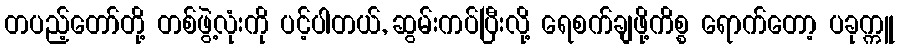
တပည့်တော်တို့ တစ်ဖွဲ့လုံးကို ပင့်ပါတယ်, ဆွမ်းကပ်ပြီးလို့ ရေစက်ချဖို့ကိစ္စ ရောက်တော့ ပခုက္ကူ